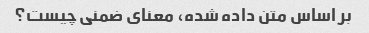
بر اساس متن داده شده، معنای ضمنی چیست؟